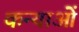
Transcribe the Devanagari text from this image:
कन्याओें